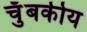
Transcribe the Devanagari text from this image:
चुँबकीय